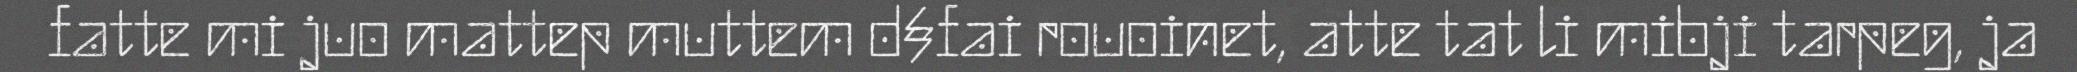
fatte mi juo mattep muttem d§fai rouoinet, atte tat li mibji tarpeg, ja